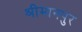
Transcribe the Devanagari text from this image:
श्रीमानपुर